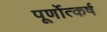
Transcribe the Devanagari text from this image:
पूर्णोत्कर्ष